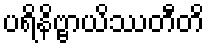
ပရိနိဗ္ဗာယိဿတီတိ